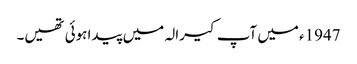
1947ء میں آپ کیرالہ میں پیدا ہوئی تھیں۔